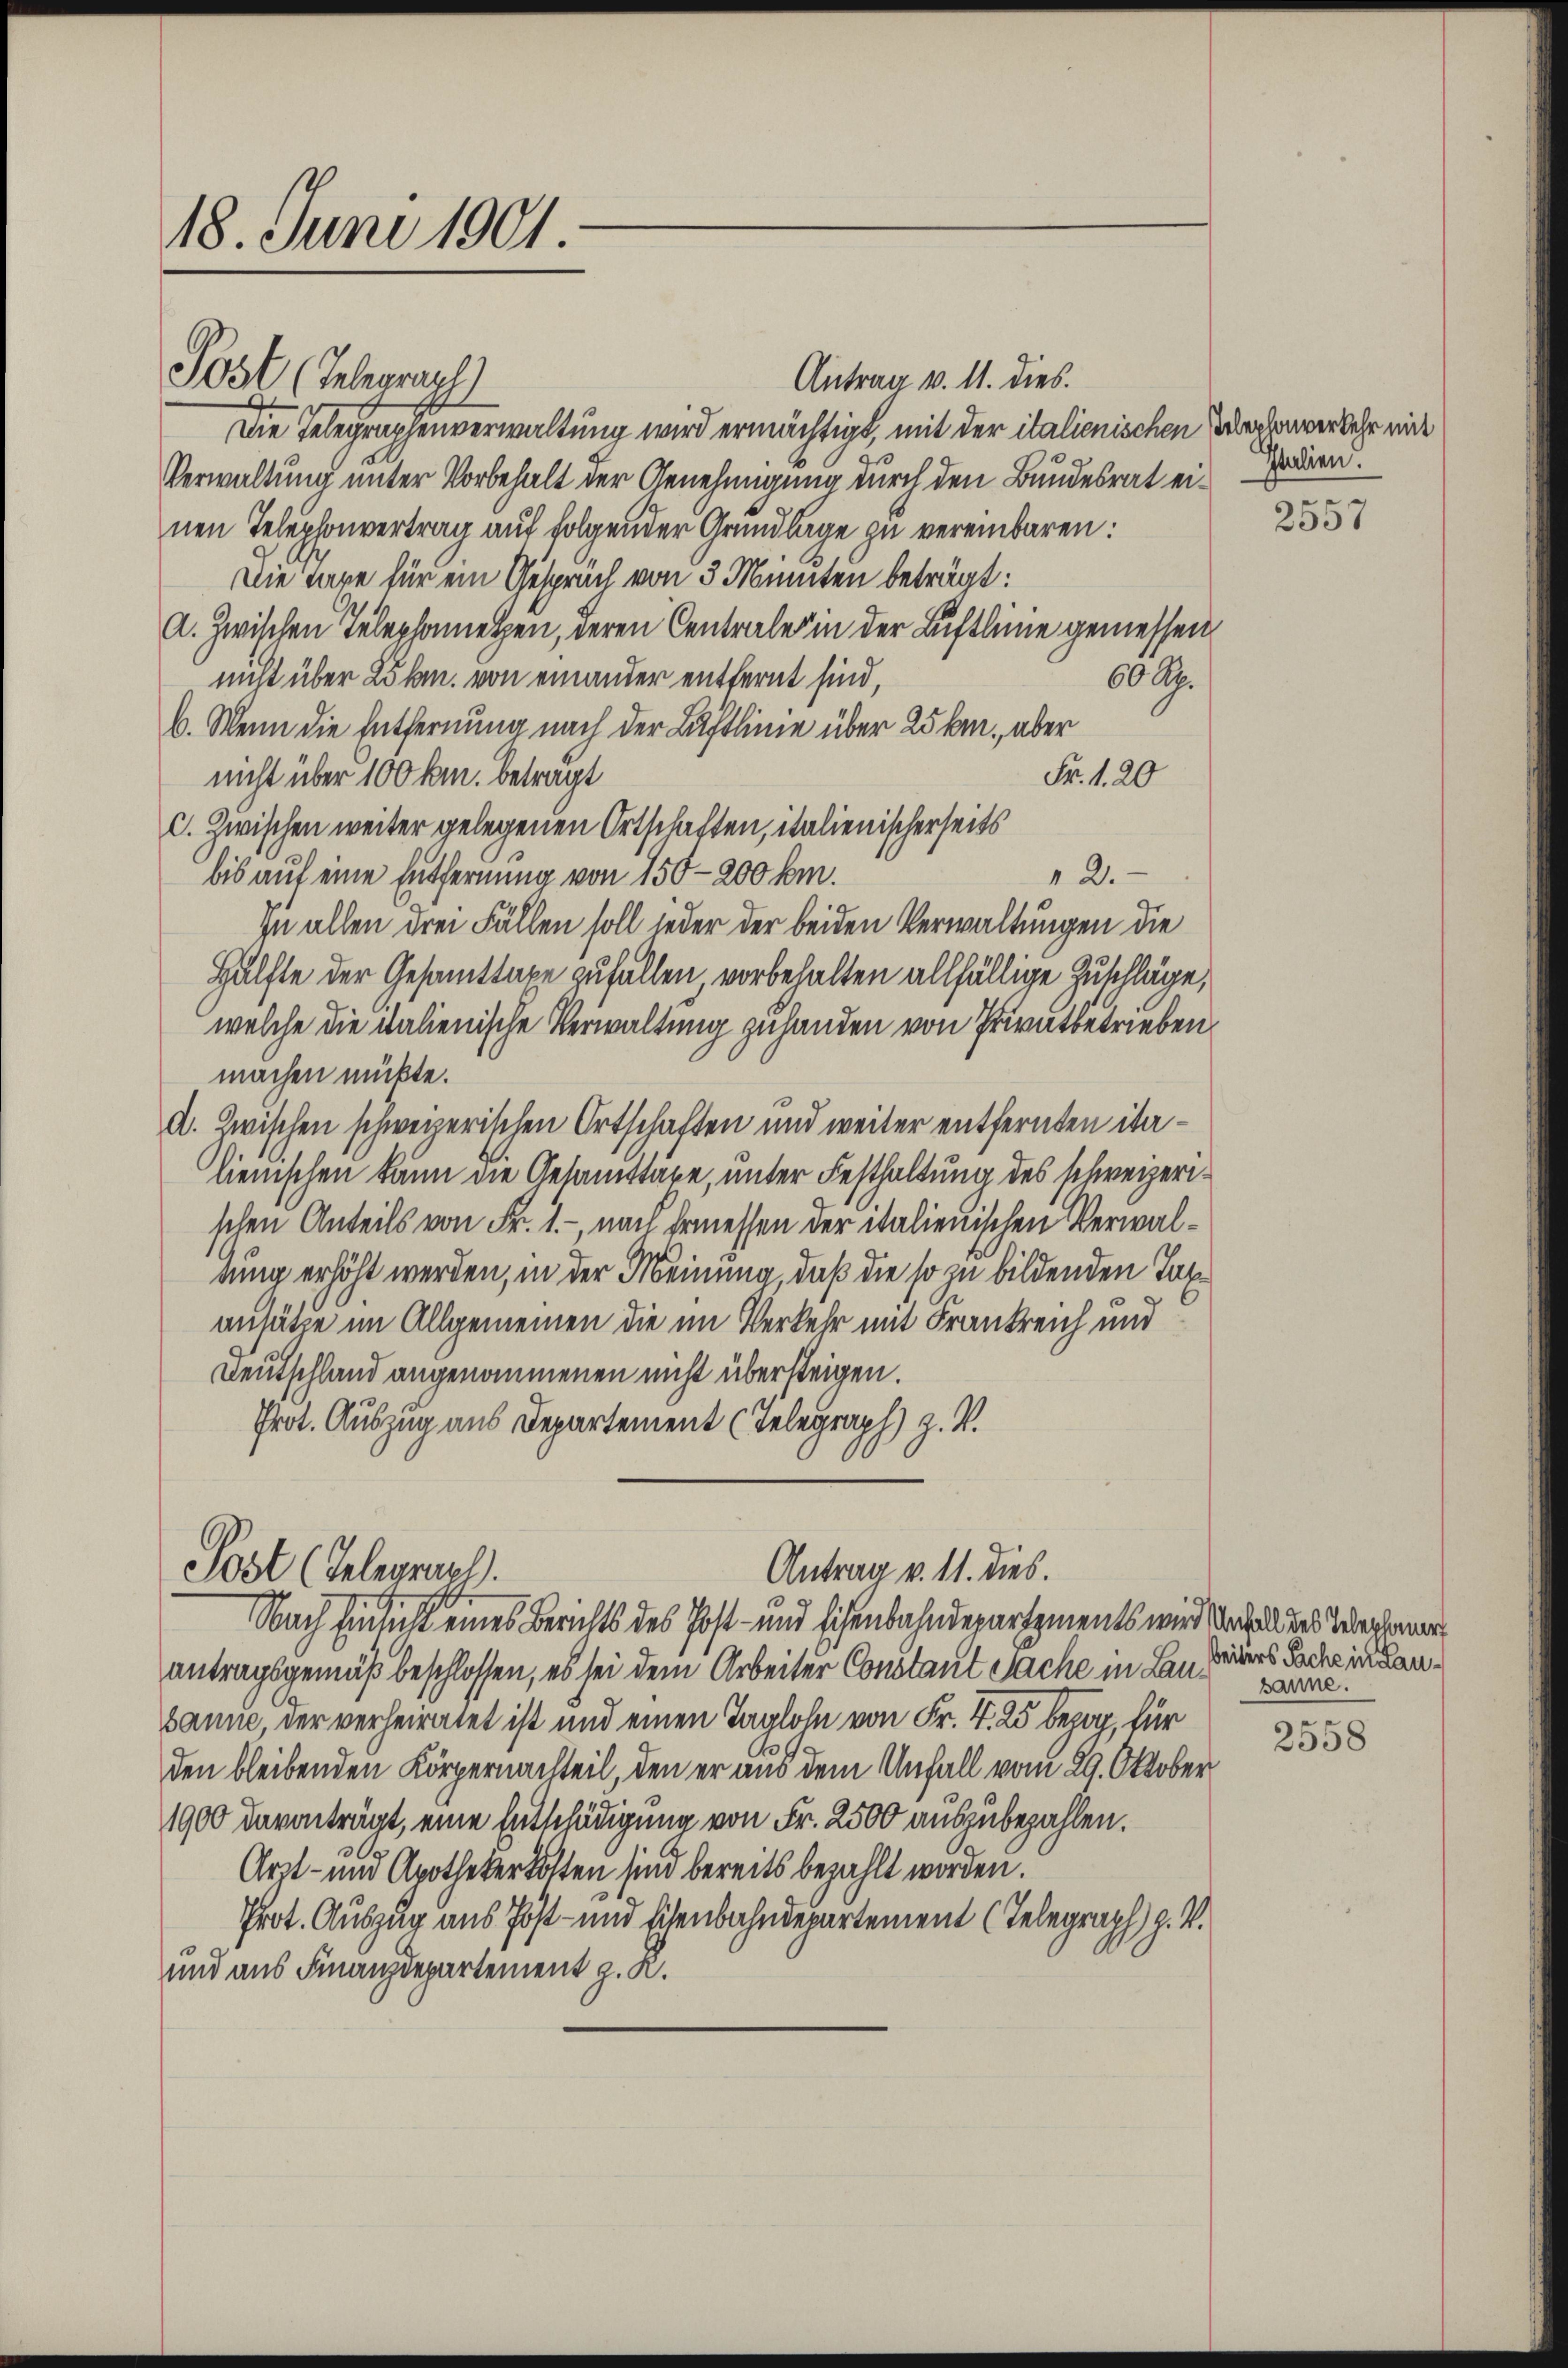
18. Juni 1901.

Post (Telegraph

Antrag v. 11. dies.
Die Telegraphenverwaltung wird ermächtigt, mit der italienischen Prechenverkehr mit
Verwaltung unter Vorbehalt der Genehmigung durch den Bundesrat ein odern.
nen Telephonvertrag auf folgender Grundlage zu vereinbaren:
Die Tage für ein Gespräch von 3 Monnten beträgt:
A. Zwischen Telephonnetzen, deren Centrale in der Luftlinie gemessen
nicht über 25 kn. von einander entfernt sind,
60 Rp.
b. Wenn die Entfernung nach der Luftlinie über 25 km, aber
Fr. 1. 20
nicht über 100 km. betragt
C. Zwischen weiter gelegenen Ortschaften, italienischerseits
12.
bis auf eine Entfernung von 150-200 km.
In allen drei Fällen soll jeder der beiden Verwaltungen die
Hälfte der Gesamttaxe zufällen, vorbehalten allfällige Zuschläge,
welche die italienische Verwaltung zuhanden von Privatbetrieben
machen mückte.
A. Zwischen schweizerischen Ortschaften und weiter entfernten italienischen kann die Gesamttare, unter Festhaltung des schweizerischen Anteils von Fr. 1.- nach Ermessen der italienischen Verwalrung erhöht werden, in der Meinung, daß die so zu bildenden Taxansätze im Allgemeinen die im Verkehr mit Frankreich und
Deutschland angenommenen nicht übersteigen.
Prot. Auszug aus Departement (Telegraph) Z. V.

Post (Telegrael.
Antrag v. 11. dies.

Nach Einsicht eines Berichts des Post- und sichenbahndepartements wird der halt des Werkenner
antragsgemäß beschlossen, es sei dem Arbeiter Constant Sache in Laus sie.
sanne, der verheiratet ist und einen Taglohn von Fr. T. 25 bezog, für
den bleibenden Körpernachteil, den er aus dem Unfall vom 29. Oktober
1900 davonträgt, eine Entschädigung von Fr. 2500 auszubezahlen.
Arzt- und Apothekerkosten sind bereits bezahlt worden.
Prot. Auszug aus Post- und Eisenbahndepartement (Telegraph H. V.
und aus Finanzdepartement z. R.

.

2557

beiters Sache in Lau¬
.
2558